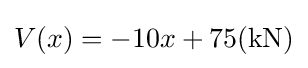
V(x)=-10x+75({\textrm {kN}})